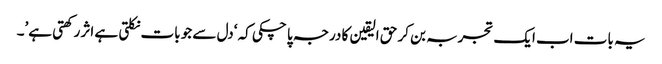
یہ بات اب ایک تجربہ بن کر حق الیقین کا درجہ پا چکی کہ ‘دل سے جو بات نکلتی ہے اثر رکھتی ہے’۔